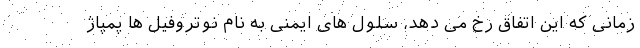
زمانی که این اتفاق رخ می دهد، سلول های ایمنی به نام نوتروفیل ها پمپاژ